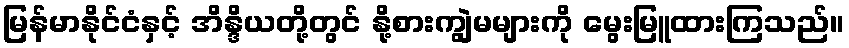
မြန်မာနိုင်ငံနှင့် အိန္ဒိယတို့တွင် နို့စားကျွဲမများကို မွေးမြူထားကြသည်။